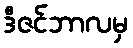
ဒီဇင်ဘာလမှ